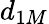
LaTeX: d_{1M}